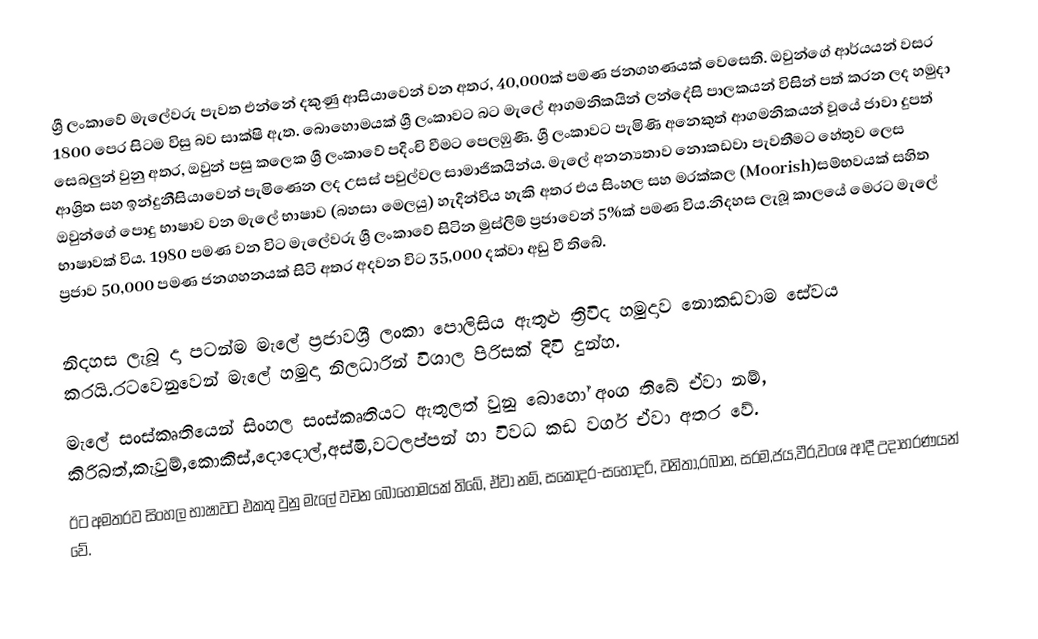
ශ්‍රී ලංකාවේ මැලේවරු පැවත එන්නේ දකුණු ආසියාවෙන් වන අතර, 40,000ක් පමණ ජනගහණයක් වෙසෙති. ඔවුන්ගේ ආර්යයන් වසර 1800 පෙර සිටම විසු බව සාක්ෂි ඇත. බොහොමයක් ශ්‍රී ලංකාවට බට මැලේ ආගමනිකයින් ලන්දේසි පාලකයන් විසින් පත් කරන ලද හමුදා සෙබලුන් වුනු අතර, ඔවුන් පසු කලෙක ශ්‍රී ලංකාවේ පදිංචි වීමට පෙලඹුණි. ශ්‍රී ලංකාවට පැමිණි අනෙකුත් ආගමනිකයන් වූයේ ජාවා දුපත් ආශ්‍රිත  සහ ඉන්දුනීසියාවෙන් පැමිණෙන ලද උසස් පවුල්වල සාමාජිකයින්ය. මැලේ අනන්‍යතාව නොකඩවා පැවතීමට හේතුව ලෙස ඔවුන්ගේ පොදු භාෂාව වන මැලේ භාෂාව (බහසා මෙලයු) හැදින්විය හැකි අතර එය සිංහල සහ මරක්කල (Moorish)සම්භවයක් සහිත භාෂාවක් විය. 1980 පමණ වන විට මැලේවරු ශ්‍රී ලංකාවේ සිටින මුස්ලිම් ප්‍රජාවෙන් 5%ක් පමණ විය.නිදහස ලැබූ කාලයේ මෙරට මැලේ ප්‍රජාව 50,000 පමණ ජනගහනයක් සිටි අතර අදවන විට 35,000 දක්වා අඩු වී තිබේ.

නිදහස ලැබූ දා පටන්ම මැලේ ප්‍රජාවශ්‍රී ලංකා පොලිසිය ඇතුළු ත්‍රිවිද හමුදාව නොකඩවාම සේවය කරයි.රටවෙනුවෙන් මැලේ හමුදා නිලධාරින් විශාල පිරිසක් දිවි දුන්හ.
මැලේ සංස්කෘතියෙන් සිංහල සංස්කෘතියට ඇතුලත් වුනු බොහෝ අංග තිබේ ඒවා නම්, කිරිබත්,කැවුම්,කොකිස්,දොදොල්,අස්මි,වටලප්පන් හා විවධ කඩ වර්ග ඒවා අතර වේ.
ඊට අමතරව සිංහල භාෂාවට එකතු වුනු මැලේ වචන බොහොමයක් තිබේ, ඒවා නම්, සකොදර-සහෝදරි, වනිතා,රබාන, සරම,ජය,වීර,වංශ ආදී උදාහරණයන් වේ.